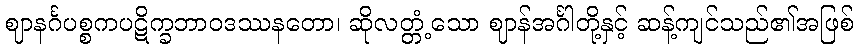
ဈာနင်္ဂပစ္စကပဋိက္ခဘာဝဒဿနတော၊ ဆိုလတ္တံ့သော ဈာန်အင်္ဂါတို့နှင့် ဆန့်ကျင်သည်၏အဖြစ်